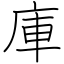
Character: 庫